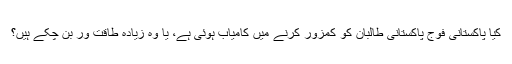
کیا پاکستانی فوج پاکستانی طالبان کو کمزور کرنے میں کامیاب ہوئی ہے، یا وہ زیادہ طاقت ور بن چکے ہیں؟